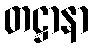
တဋ္ဌာနာ